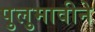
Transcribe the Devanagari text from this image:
पुलुमावीने